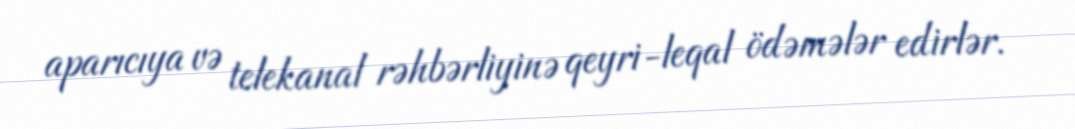
aparıcıya və telekanal rəhbərliyinə qeyri-leqal ödəmələr edirlər.